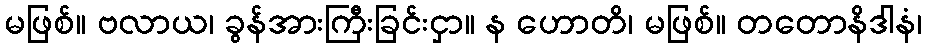
မဖြစ်။ ဗလာယ၊ ခွန်အားကြီးခြင်းငှာ။ န ဟောတိ၊ မဖြစ်။ တတောနိဒါနံ၊